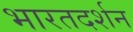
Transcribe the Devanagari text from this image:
भारतदर्शन